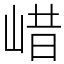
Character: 㟙